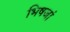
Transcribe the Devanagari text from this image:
भिषजां